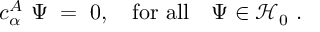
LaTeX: c _ { \alpha } ^ { A } \ \Psi \; = \; 0 , \quad \mathrm { f o r \ a l l } \quad \Psi \in { \mathcal H } _ { 0 } \ .